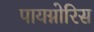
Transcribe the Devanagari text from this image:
पायग्नोरिस